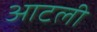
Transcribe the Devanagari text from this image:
आटली